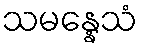
သမန္နေသံ